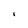
Character: I